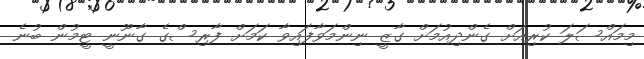
މިމައްސަލަ ކުރިއަށް ގެންދިއުމަށް ގާޒީ ނިންމަވާފައިވާ ކަަމަށް ފާރިސްގެ ގާނޫނީ ޓީމުން ބުނެ